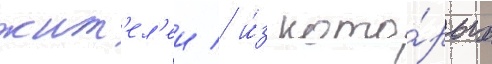
жит'ел'еи / и́з кото́рых